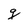
Character: g